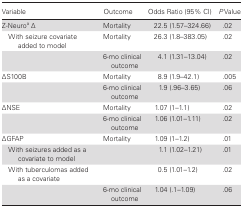
| Variable | Outcome | Odds Ratio (95% CI) | P Value |
 | --- | --- | --- | --- |
 | Z-Neuroa Δ | Mortality | 22.5 (1.57–324.66) | .02 |
 | With seizure covariate added to model | Mortality | 26.3 (1.8–383.05) | .02 |
 |  | 6-mo clinical outcome | 4.1 (1.31–13.04) | .02 |
 | ΔS100B | Mortality | 8.9 (1.9–42.1) | .005 |
 |  | 6-mo clinical outcome | 1.9 (.96–3.65) | .06 |
 | ΔNSE | Mortality | 1.07 (1–1.1) | .02 |
 |  | 6-mo clinical outcome | 1.06 (1.01–1.11) | .02 |
 | ΔGFAP | Mortality | 1.09 (1–1.2) | .01 |
 | With seizures added as a covariate to model |  | 1.1 (1.02–1.21) | .01 |
 | With tuberculomas added as a covariate |  | 0.5 (1.01–1.2) | .02 |
 |  | 6-mo clinical outcome | 1.04 (.1–1.09) | .06 |